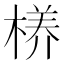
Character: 𮲸